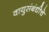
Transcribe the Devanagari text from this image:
वायुसंबंधीचे